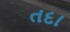
તદા